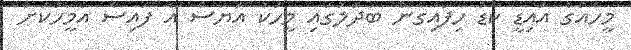
މީހެއްގެ އައިޑީ ކާޑު ހިފައިގެން ބަދަލުގައި މީހަކު އަޔަސް އެ ފައިސާ އެމީހަކަށް